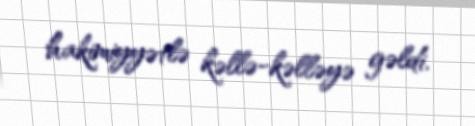
hakimiyyətlə kəllə-kəlləyə gəldi.